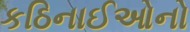
કઠિનાઈઓનો